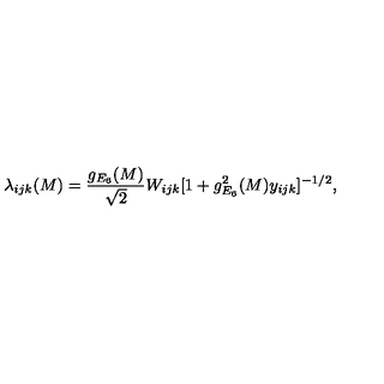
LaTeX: \lambda _ { i j k } ( M ) = \frac { g _ { E _ { 6 } } ( M ) } { \sqrt { 2 } } W _ { i j k } [ 1 + g _ { E _ { 6 } } ^ { 2 } ( M ) y _ { i j k } ] ^ { - 1 / 2 } ,